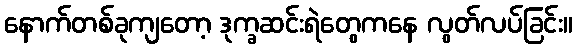
နောက်တစ်ခုကျတော့ ဒုက္ခဆင်းရဲတွေကနေ လွတ်လပ်ခြင်း။